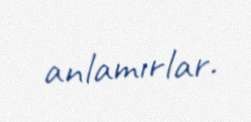
anlamırlar.